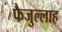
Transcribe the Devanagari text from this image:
फैजुल्लाह